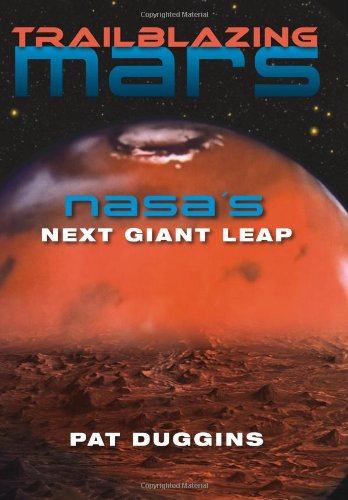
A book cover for Trailblazing Mars: NASA's Next Giant Leap; Pat Duggins; Science & Math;